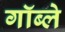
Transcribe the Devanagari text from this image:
गॉब्ले